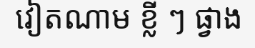
វៀតណាម ខ្លី ៗ ផ្វាង